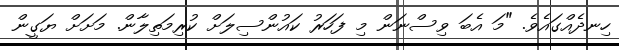
ހިނދެއްގައެވެ. "މަ އެބަ ވިސްނަން މި ފަހަރު ކައުންސިލަށް ކުރިމަތިލާން. މަށަށް ޔަގީން